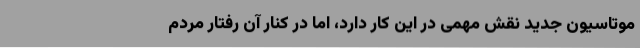
موتاسیون جدید نقش مهمی در این کار دارد، اما در کنار آن رفتار مردم